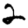
Digit: 2